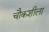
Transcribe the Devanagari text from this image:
चौकशीला